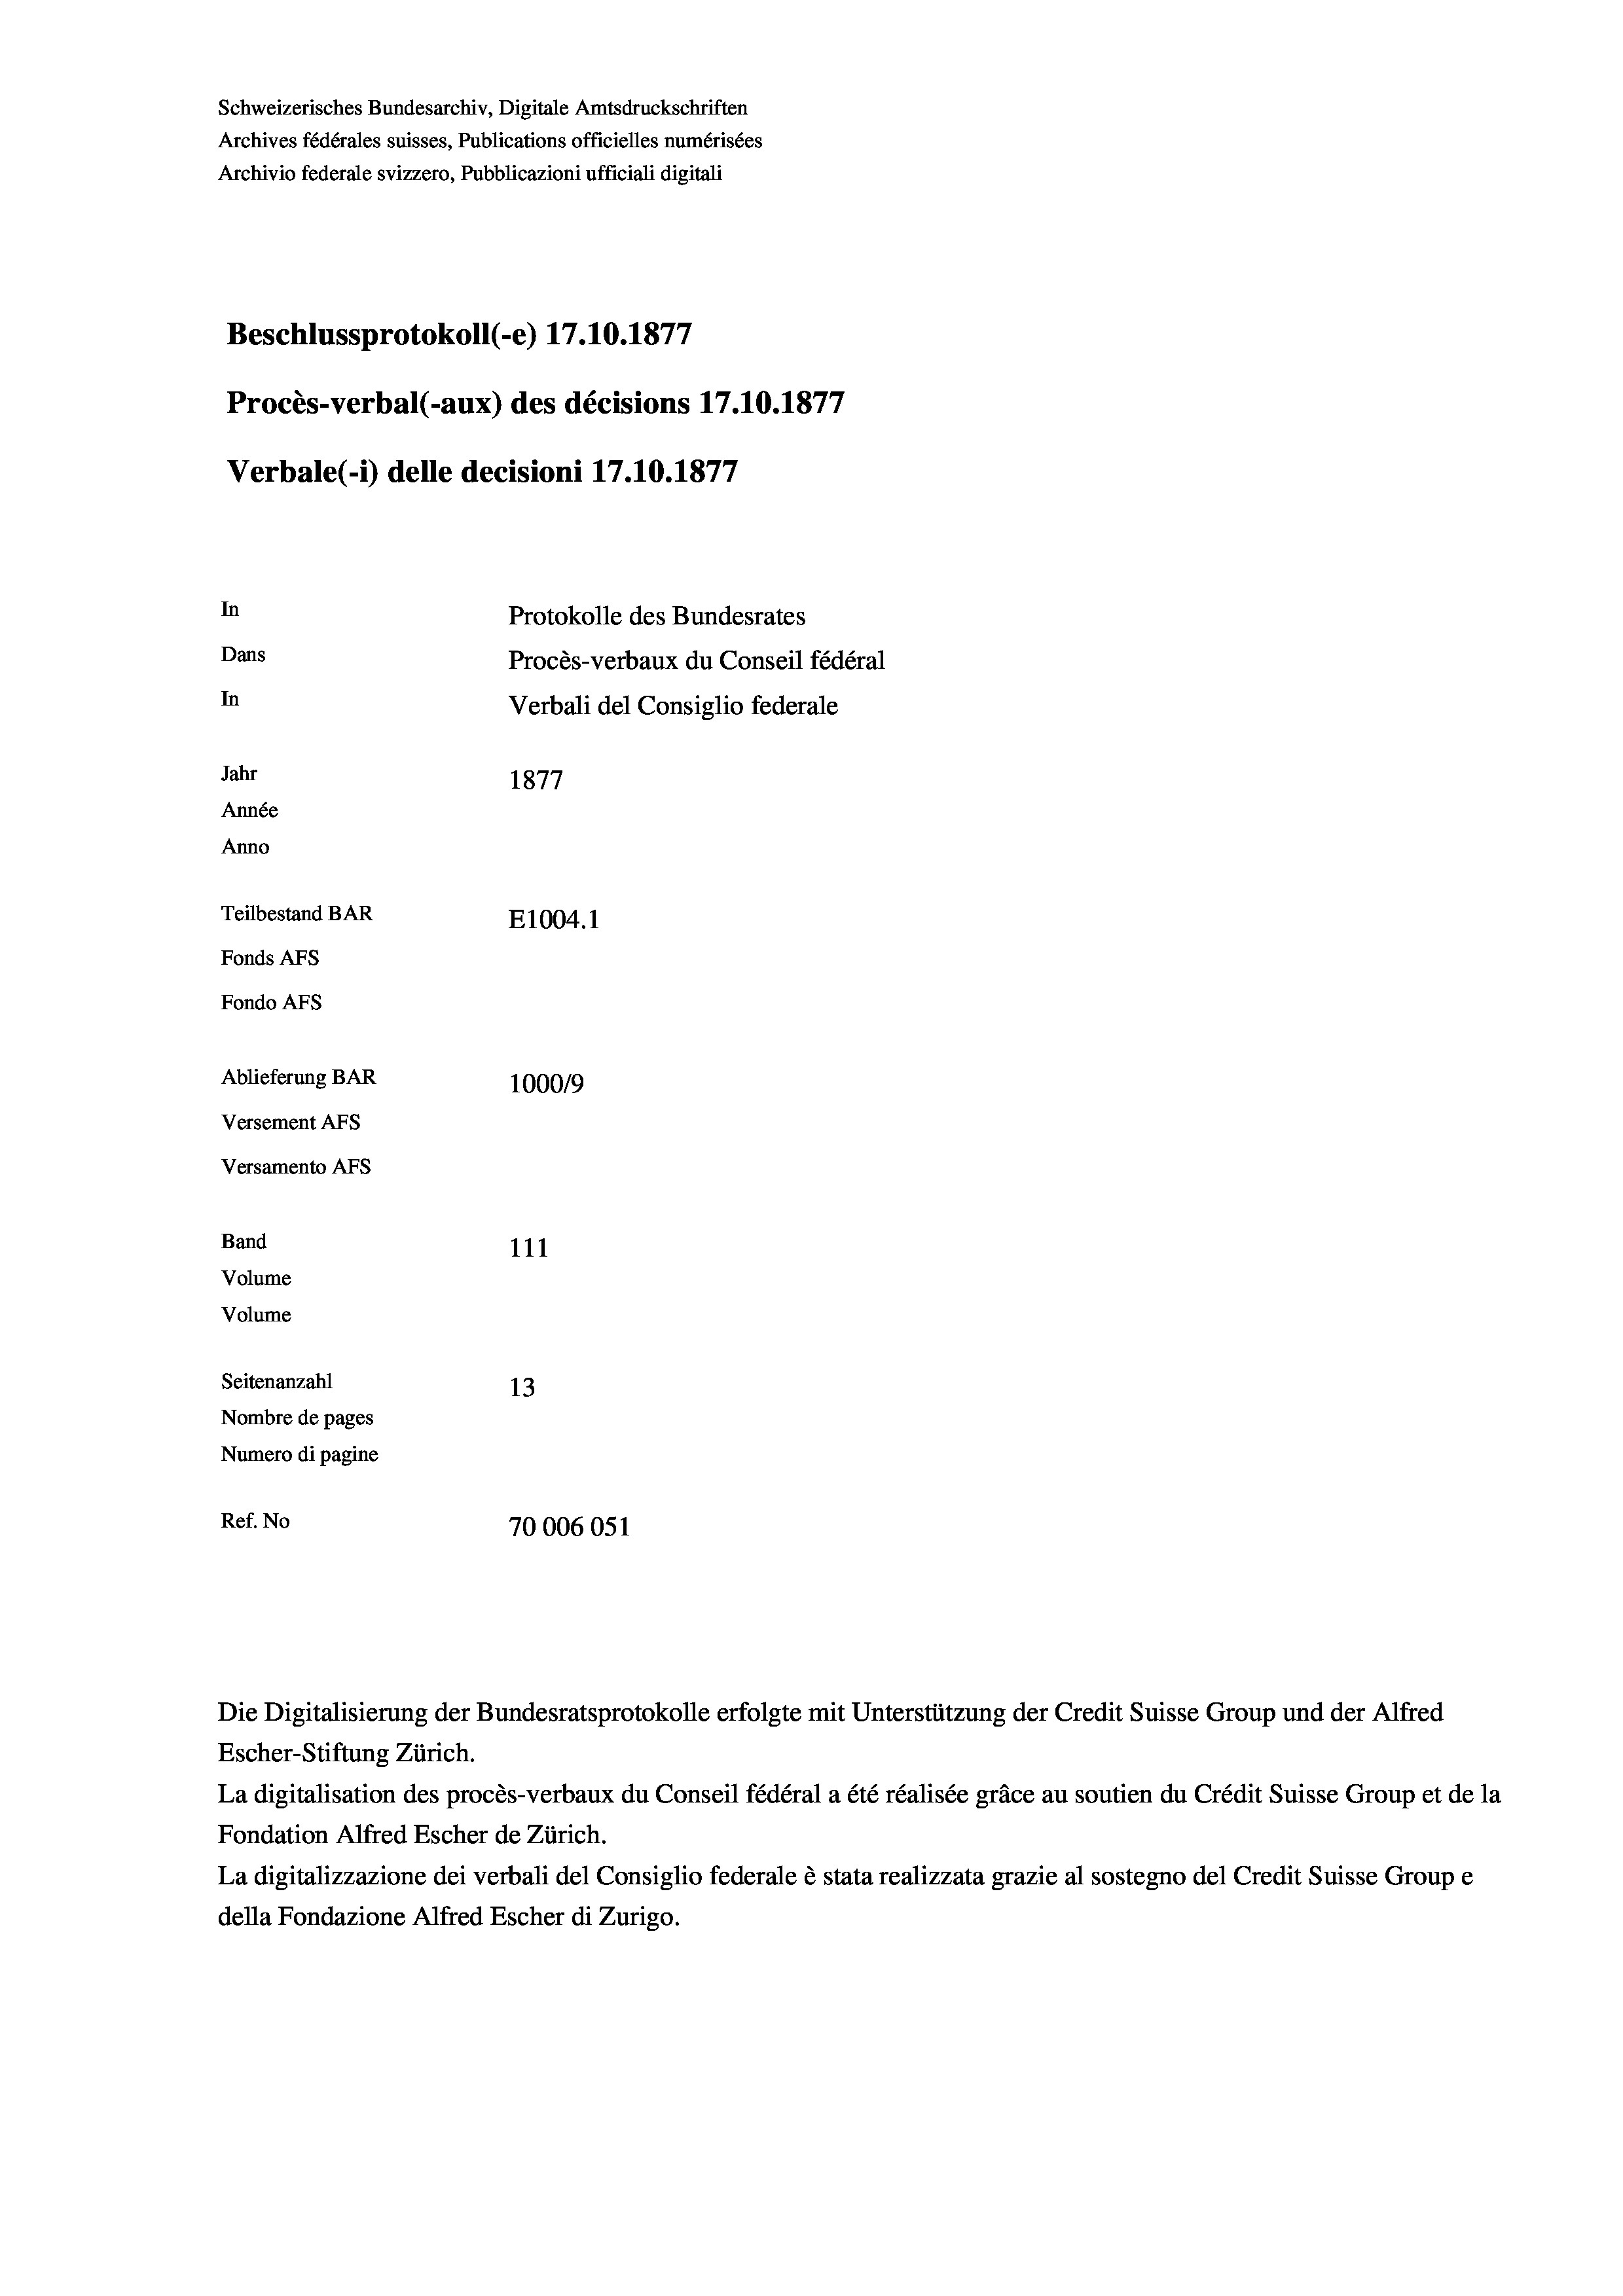
Schweizerisches Bundesarchiv, Digitale Amtsdruckschriften
Archives fédérales suisses, Publications officielles numérisées
Archivio federale svizzero, Pubblicazioni ufficiali digitali
Beschlussprotokoll (-e) 17.10.1877
Procès-verbal (-aux) des décisions 17.10.1877
Verbale (1) delle decisioni 17.10.1877
In
Protokolle des Bundesrates
Dans
Procès-verbaux du Conseil fédéral
In
Verbali del Consiglio federale
Jahr
1877
Année
Anno
Teilbestand BAR
E1004. 1
Fonds AFs
Fondo AFs
Ablieferung BAR
1000/9
Versement AFS
Versamento Afs

111
Volume
Volume
Seitenanzahl
13
Nombre de pages
Numero di pagine
Ref. No
70006051

Band

Die Digitalisierung der Bundesratsprotokolle erfolgte mit Unterstützung der Credit Suisse Group und der Alfred
Escher-Stiftung Zürich.
La digitalisation des procès-verbaux du Conseil fédéral a été réalisée gräce au soutien du Crédit Suisse Group et de la
Fondation Alfred Escher de Zürich.
La digitalizzazione dei verbali del Consiglio federale è stata realizzata grazie al sostegno del Credit Suisse Groupe
della Fondazione Alfred Escher di Zurigo.